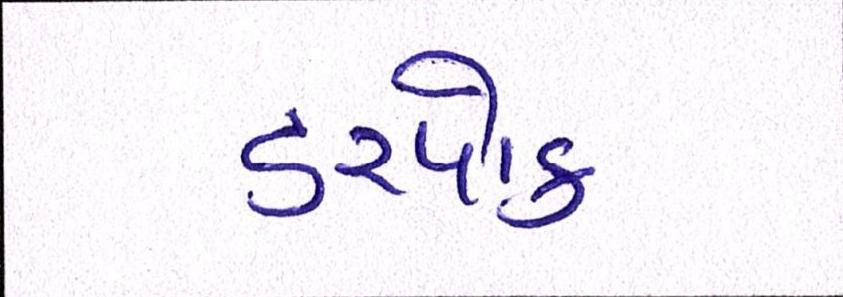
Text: ડરપોક